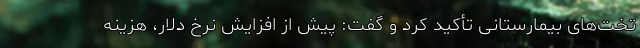
تخت‌های بیمارستانی تأکید کرد و گفت: پیش از افزایش نرخ دلار، هزینه